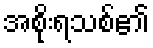
အစိုးရသစ်၏